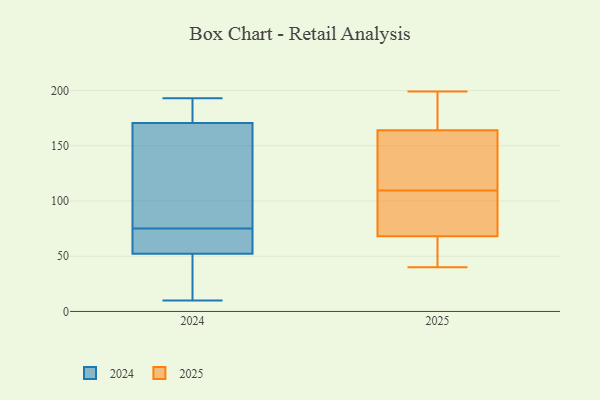
{"axis": {"x": "Bounce Rate (%)", "y": "Value"}, "legend": ["2024", "2025"], "data": [{"x": "", "y": 67, "type": "2025"}, {"x": "", "y": 62, "type": "2025"}, {"x": "", "y": 109, "type": "2025"}, {"x": "", "y": 154, "type": "2025"}, {"x": "", "y": 40, "type": "2025"}, {"x": "", "y": 110, "type": "2025"}, {"x": "", "y": 192, "type": "2025"}, {"x": "", "y": 167, "type": "2025"}, {"x": "", "y": 103, "type": "2025"}, {"x": "", "y": 59, "type": "2025"}, {"x": "", "y": 69, "type": "2025"}, {"x": "", "y": 161, "type": "2025"}, {"x": "", "y": 199, "type": "2025"}, {"x": "", "y": 140, "type": "2025"}, {"x": "", "y": 176, "type": "2025"}, {"x": "", "y": 87, "type": "2025"}, {"x": "", "y": 131, "type": "2024"}, {"x": "", "y": 193, "type": "2024"}, {"x": "", "y": 167, "type": "2024"}, {"x": "", "y": 74, "type": "2024"}, {"x": "", "y": 47, "type": "2024"}, {"x": "", "y": 75, "type": "2024"}, {"x": "", "y": 75, "type": "2024"}, {"x": "", "y": 24, "type": "2024"}, {"x": "", "y": 14, "type": "2024"}, {"x": "", "y": 146, "type": "2024"}, {"x": "", "y": 130, "type": "2024"}, {"x": "", "y": 10, "type": "2024"}, {"x": "", "y": 193, "type": "2024"}, {"x": "", "y": 63, "type": "2024"}, {"x": "", "y": 181, "type": "2024"}, {"x": "", "y": 54, "type": "2024"}, {"x": "", "y": 186, "type": "2024"}]}